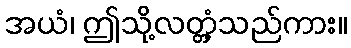
အယံ၊ ဤသို့လတ္တံ့သည်ကား။